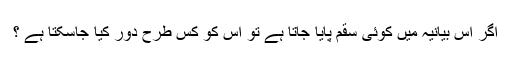
اگر اس بیانیہ میں کوئی سقم پایا جاتا ہے تو اس کو کس طرح دور کیا جاسکتا ہے ؟